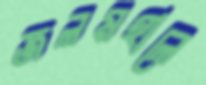
জলমহালে